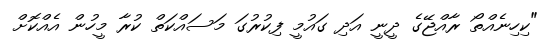
"ކިހިނެއްތޯ ރާއްޖޭގެ ދީނީ އަދި ގައުމީ ފިކުރުގަ މަސައްކަތް ކުރާ މީހުން އެއްކޮށް